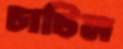
চাটিল